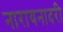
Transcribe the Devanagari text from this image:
नारायनादरी